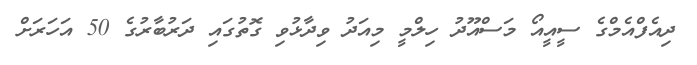
ދިއެފްއެމްގެ ސީއީއޯ މަސްއޫދު ހިލްމީ މިއަދު ވިދާޅުވި ގޮތުގައި ދަރުބާރުގެ 50 އަހަރަށް